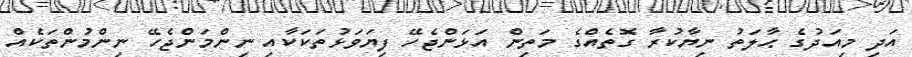
އަދި މިއަދުގެ ޙާލަތު ނިޔާކުރާ ގޮތެއްގެ މަތިން އަޅަންޖެހޭ ފިޔަވަޅުތަކަކާއި ނިންމަންޖެހޭ ނިންމުންތަކެއް